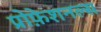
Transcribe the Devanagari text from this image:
प्रोफ़ेशनल्स